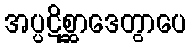
အပ္ပဋိစ္ဆာဒေတွာပေ